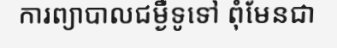
ការព្យាបាលជម្ងឺទូទៅ ពុំមែនជា